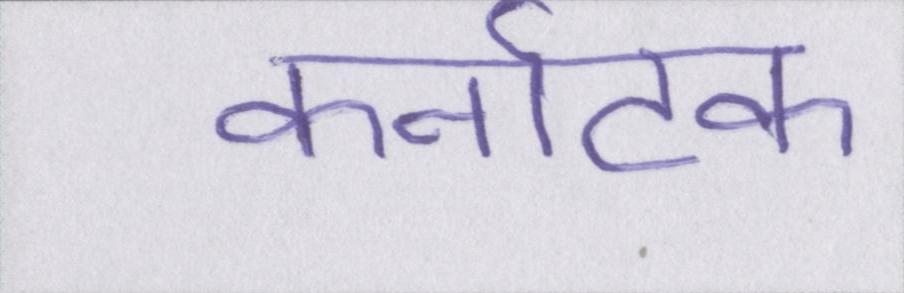
कर्नाटक